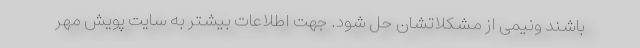
باشند ونیمی از مشکلاتشان حل شود. جهت اطلاعات بیشتر به سایت پویش مهر